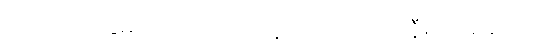
၆။ ကင်းခြေများကျောက်ကုန်းလောက် အနီရင့်အဆင်း။